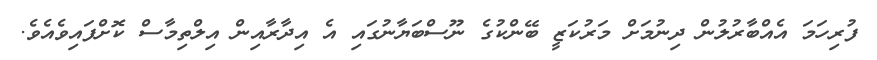
ފުރިހަމަ އެއްބާރުލުން ދިނުމަށް މަރުކަޒީ ބޭންކުގެ ނޫސްބަޔާނުގައި އެ އިދާރާއިން އިލްތިމާސް ކޮށްފައިވެއެވެ.